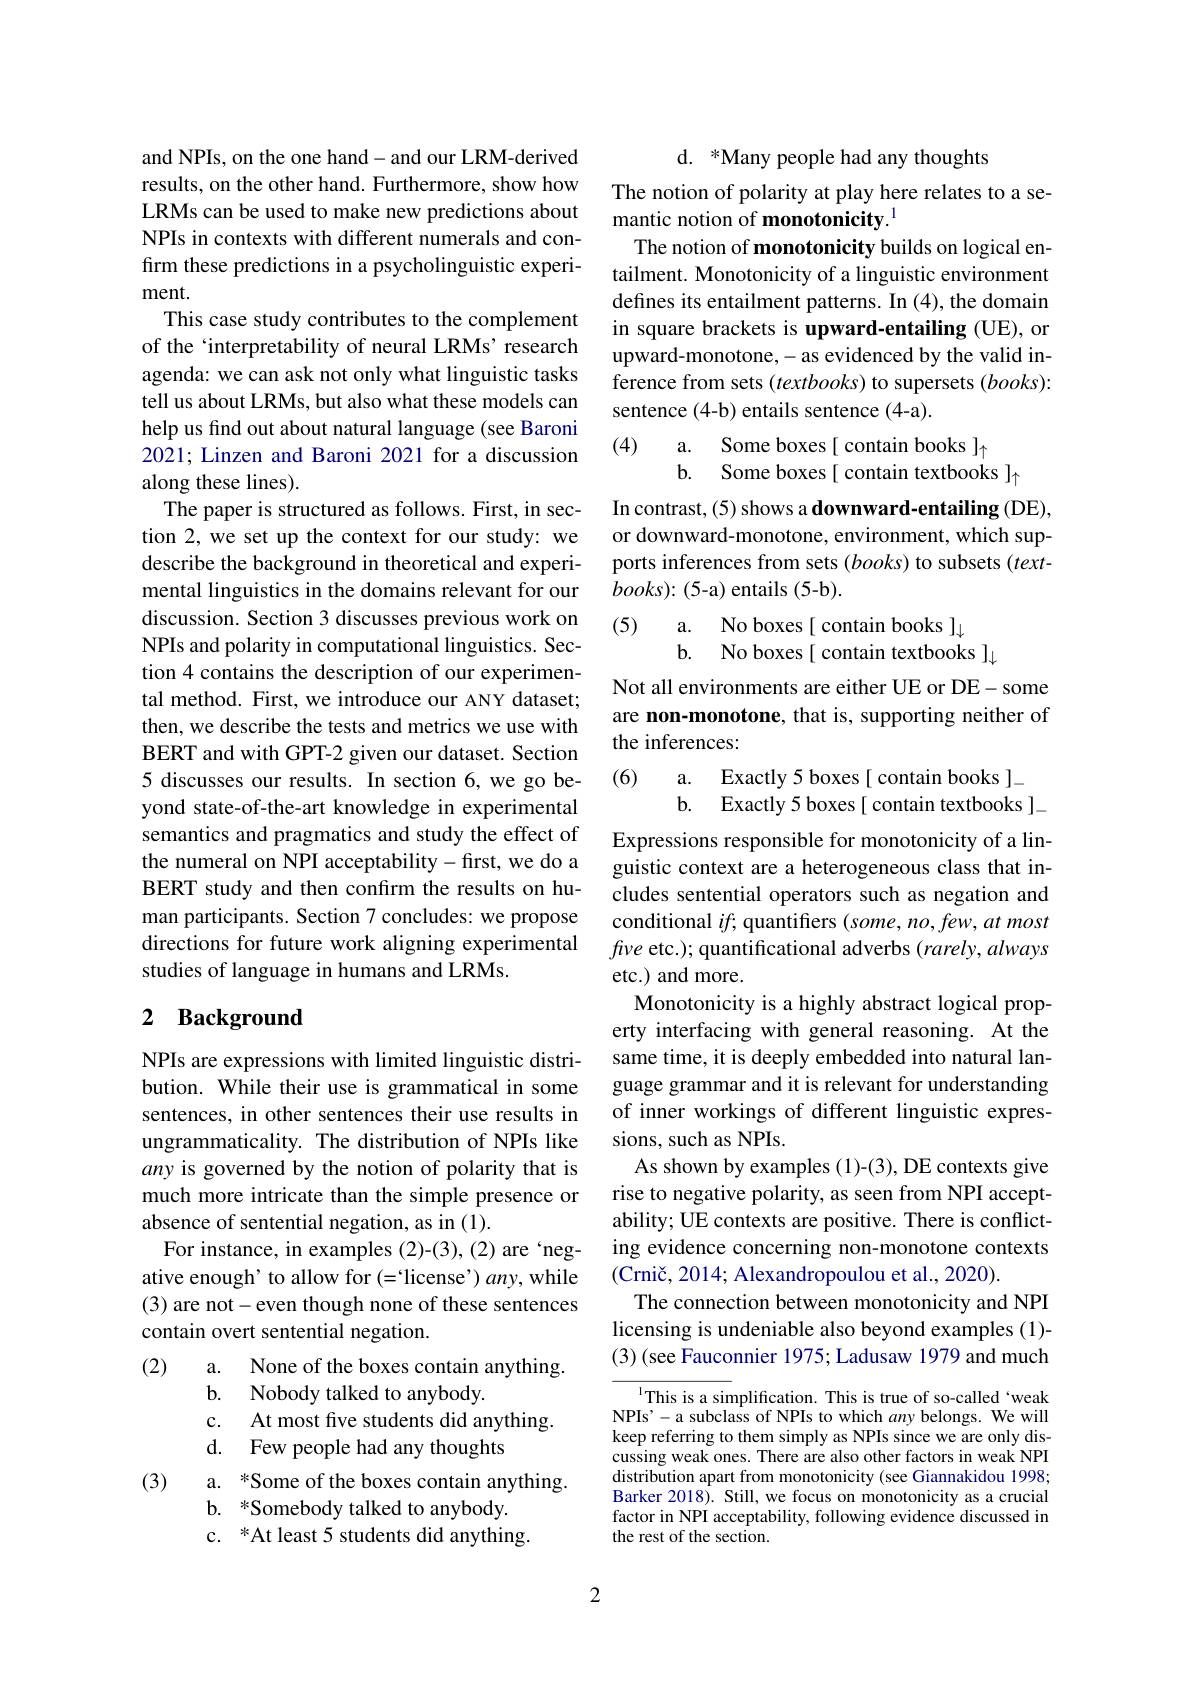
and NPIs, on the one hand- and our LRM-derived results, on the other hand. Furthermore, show how LRMs can be used to make new predictions about NPIs in contexts with different numerals and confirm these predictions in a psycholinguistic experiment.
This case study contributes to the complement of the `interpretability of neural LRMs' research agenda: we can ask not only what linguistic tasks tell us about LRMs, but also what these models can help us find out about natural language (see Baroni 2021; Linzen and Baroni 2021 for a discussion along these lines).
The paper is structured as follows. First, in section 2, we set up the context for our study: we describe the background in theoretical and experimental linguistics in the domains relevant for our discussion. Section 3 discusses previous work on NPIs and polarity in computational linguistics. Section 4 contains the description of our experimental method. First, we introduce our ANY dataset; then, we describe the tests and metrics we use with BERT and with GPT-2 given our dataset. Section 5 discusses our results. In section 6, we go beyond state-of-the-art knowledge in experimental semantics and pragmatics and study the effect of the numeral on NPI acceptability-first, we do a BERT study and then confirm the results on human participants. Section 7 concludes: we propose directions for future work aligning experimental studies of language in humans and LRMs.

## 2 Background

NPIs are expressions with limited linguistic distribution. While their use is grammatical in some sentences, in other sentences their use results in ungrammaticality. The distribution of NPIs like any is governed by the notion of polarity that is much more intricate than the simple presence or absence of sentential negation, as in (1).
For instance, in examples (2)-(3), (2) are‘negative enough’ to allow for (=`license') any, while (3) are not- even though none of these sentences contain overt sentential negation.

(2)
a. None of the boxes contain anything.
b. Nobody talked to anybody.
c. At most five students did anything.
d. Few people had any thoughts
(3)
a. *Some of the boxes contain anything
b. *Somebody talked to anybody.
c. *At least 5 students did anything.

2

d. *Many people had any thoughts

The notion of polarity at play here relates to a se-
mantic notion of monotonicity.$^{1}$
The notion of monotonicity builds on logical entailment. Monotonicity of a linguistic environment defines its entailment patterns. In (4), the domain in square brackets is upward-entailing (UE), or upward-monotone,-as evidenced by the valid inference from sets (textbooks) to supersets (books): sentence (4-b) entails sentence (4-a).
(4)
a. Some boxes[ contain books ]
b. Some boxes[ contain textbooks ]

In contrast, (5) shows a downward-entailing (DE), or downward-monotone, environment, which supports inferences from sets (books) to subsets (text- $books){:}(5$-a) entails (5-b).

(5)

a. No boxes[ contain books ]
b. No boxes [ contain textbooks ],

Not all environments are either UE or DE- some are non-monotone, that is, supporting neither of the inferences:

(6)
a. Exactly 5 boxes[ contain books ]- b. Exactly 5 boxes[ contain textbooks ]
Expressions responsible for monotonicity of a linguistic context are a heterogeneous class that includes sentential operators such as negation and conditional $if;$ quantifiers (some, no, few, at most fve etc.); quantificational adverbs (rarely, always etc.) and more.
Monotonicity is a highly abstract logical property interfacing with general reasoning. At the same time, it is deeply embedded into natural language grammar and it is relevant for understanding of inner workings of different linguistic expressions, such as NPIs.
As shown by examples (1)-(3), DE contexts give rise to negative polarity, as seen from NPI acceptability; UE contexts are positive. There is conflicting evidence concerning non-monotone contexts (Crni$\v {c}$, 2014; Alexandropoulou et al. , 2020) .
The connection between monotonicity and NPI licensing is undeniable also beyond examples (1)- (3) (see Fauconnier 1975; Ladusaw 1979 and much

$^{1}$This is a simplification. This is true of so-called‘weak NPIs'-a subclass of NPIs to which any belongs. We will keep referring to them simply as NPIs since we are only discussing weak ones. There are also other factors in weak NPI distribution apart from monotonicity (see Giannakidou 1998; Barker 2018). Still, we focus on monotonicity as a crucial factor in NPI acceptability, following evidence discussed in the rest of the section.